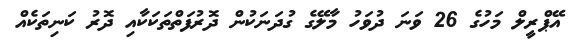
އޭޕްރީލް މަހުގެ 26 ވަނަ ދުވަހު މާލޭގެ ގުދަނަކުން ދޮރުފަތްތަކަކާއި ދޮރު ކަނިތަކެއް